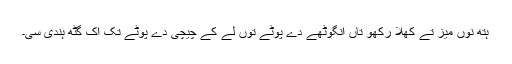
ہتھ نوں میز تے کُھلا رکھو تاں انگوٹھے دے پوٹے توں لے کے چیچی دے پوٹے تک اک گِٹھ ہُندی سی۔